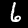
Digit: 6